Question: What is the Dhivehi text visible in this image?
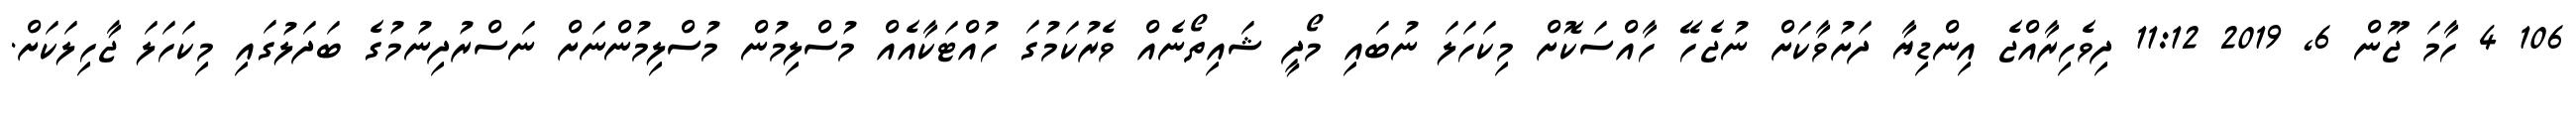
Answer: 106 4 ހާމަ ޖޫން 6, 2019 11:12 ދިވެހިރާއްޖެ އިންޑިޔާ ދަށުވާކަށް ނުޖެހޭ ހާއްސަކޮށް މިކަހަލަ ނުބައި މޯދީ ޝައިތޯނެއް ވެރުކަމުގަ ހުއްޓަކާއެއް މުސްލިމުން މުސްލިމުންނަށް ނަސްރުދިނުމުގެ ބަދަލުގައި މިކަހަލަ ޖާހިލަކަށް.